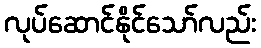
လုပ်ဆောင်နိုင်သော်လည်း